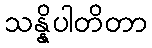
သန္နိပါတိတာ